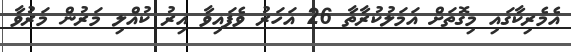
އެމެރިކާގައި މިގޮތަށް އަމަލުކުރާތާ 26 އަހަރު ވެފައިވާ އިރު ކުއްލި މަރުން މަރުވާ